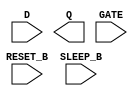
module sky130_fd_sc_lp__srdlrtp (
    //# {{data|Data Signals}}
    input  D      ,
    output Q      ,

    //# {{control|Control Signals}}
    input  RESET_B,

    //# {{clocks|Clocking}}
    input  GATE   ,

    //# {{power|Power}}
    input  SLEEP_B
);

    // Voltage supply signals
    supply1 KAPWR;
    supply1 VPWR ;
    supply0 VGND ;
    supply1 VPB  ;
    supply0 VNB  ;

endmodule